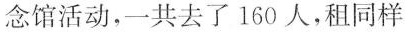
念馆活动，一共去了 160 人，租同样